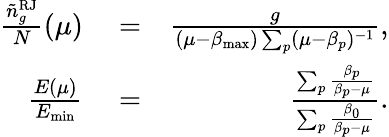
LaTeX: \begin{array}{rlr}{\frac{{\tilde{n}}_{g}^{\mathrm{RJ}}}{N}(\mu)}&{{}=}&{\frac{g}{(\mu-\beta_{\mathrm{max}})\sum_{p}(\mu-\beta_{p})^{-1}},}\\ {\frac{E(\mu)}{E_{\mathrm{min}}}}&{{}=}&{\frac{\sum_{p}\frac{\beta_{p}}{\beta_{p}-\mu}}{\sum_{p}\frac{\beta_{0}}{\beta_{p}-\mu}}.}\end{array}